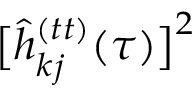
\big [ \hat { h } _ { k j } ^ { ( t t ) } ( \tau ) \big ] ^ { 2 }